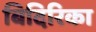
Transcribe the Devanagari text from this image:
बिदिरिका